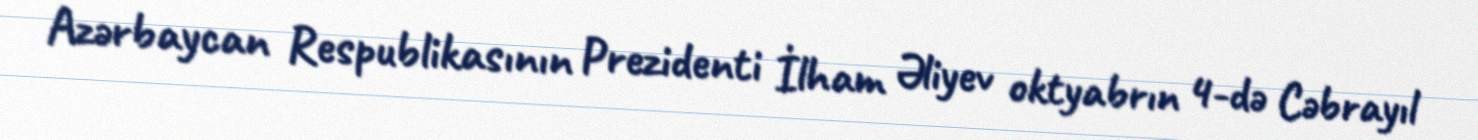
Azərbaycan Respublikasının Prezidenti İlham Əliyev oktyabrın 4-də Cəbrayıl